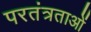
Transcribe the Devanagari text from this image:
परतंत्रताओं